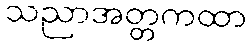
သညာအတ္တကထာ